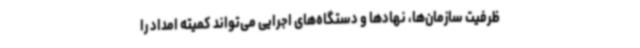
ظرفیت سازمان‌ها، نهادها و دستگاه‌های اجرایی می‌تواند کمیته امداد را